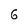
Character: 6